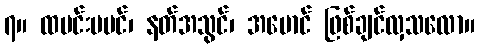
၇။ ထမင်းမမင်၊ နတ်အသွင်၊ အမောင် ဖြစ်ချင်လှသလော။